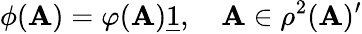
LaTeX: \phi(\mathbf{A})=\varphi(\mathbf{A})\underline{{{{1}}}},\quad\mathbf{A}\in\rho^{2}(\mathcal{{\mathbf{A}}})^{\prime}